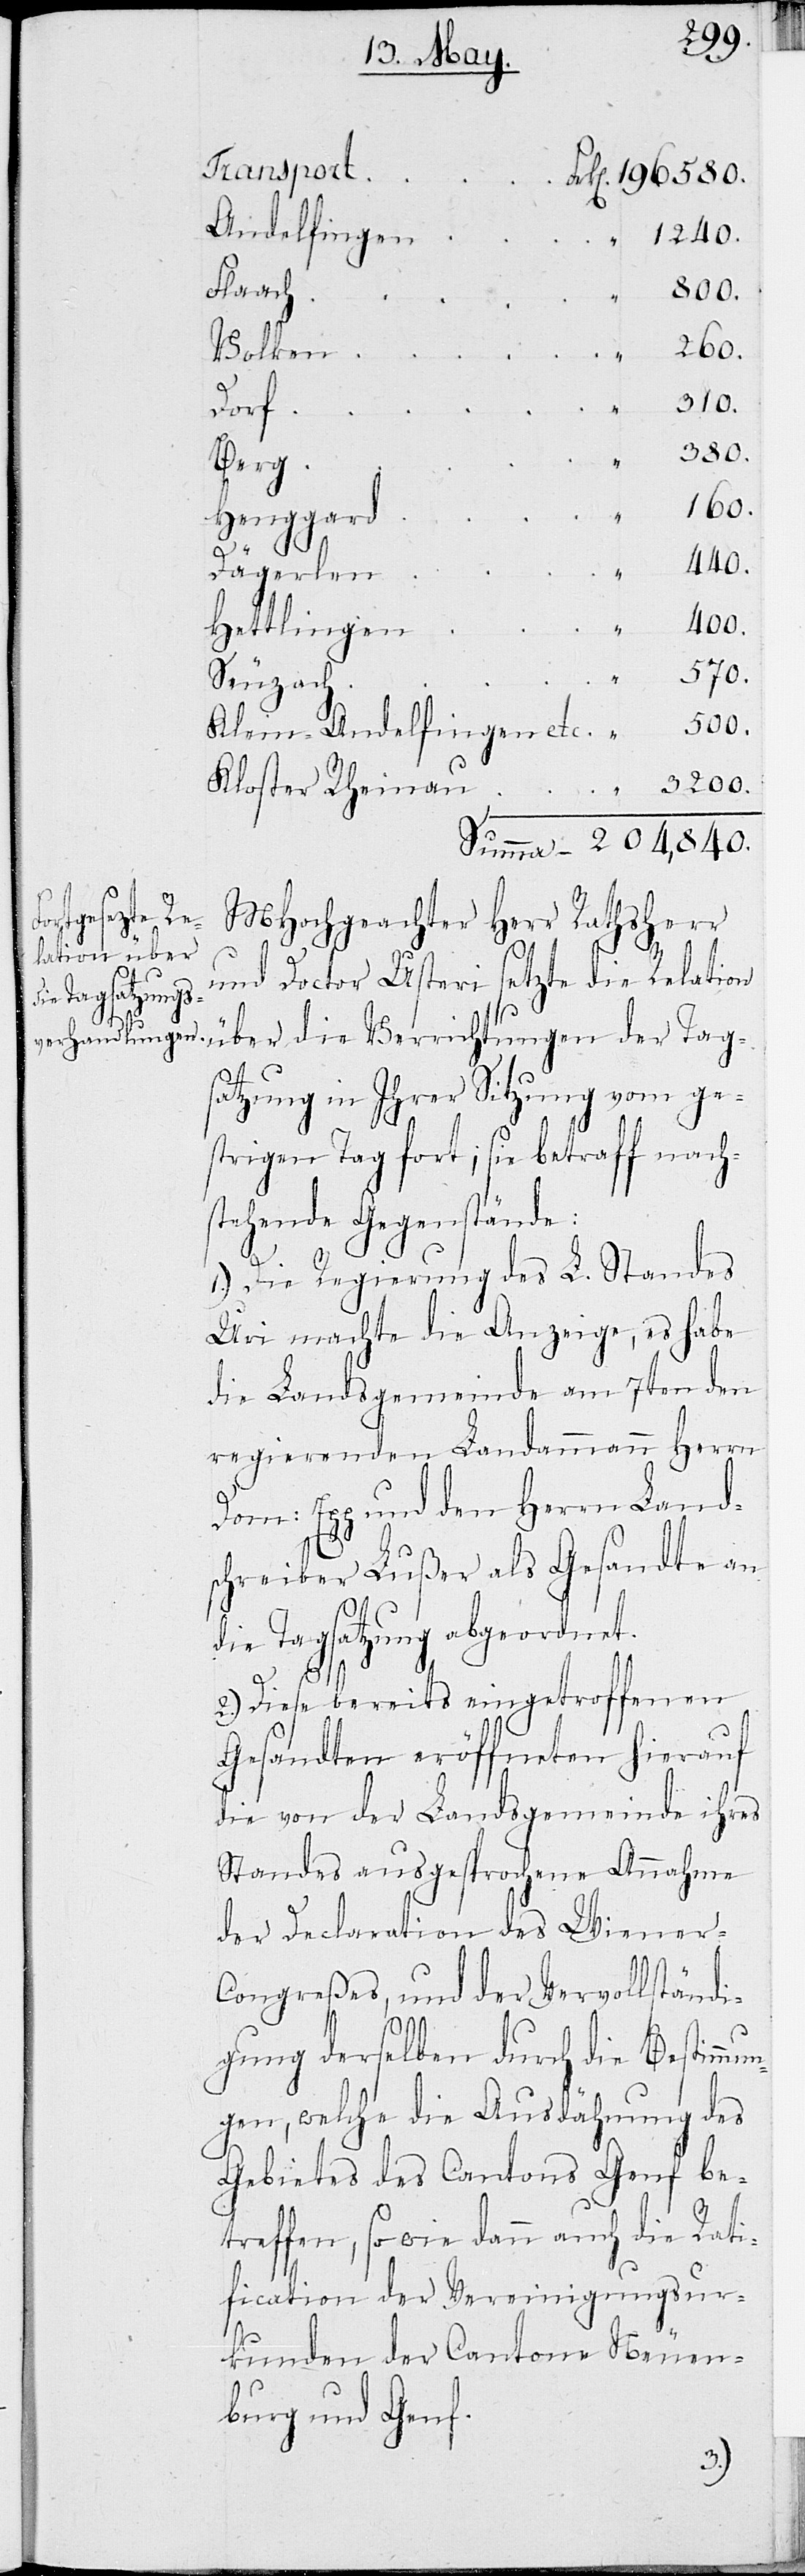
Andelfingen
„	1240.
Flaach
Volken
Dorf
[Berg
Henggard
Dägerlen
Hettlingen
Seuzach
Klein-Andelfingen etc.
Kloster Rheinau
„	3200.
Summa 204,840.
MHochgeachter HHerr Rathsherr
und Doctor Usteri setzte die Relation
über die Verrichtungen der Tag¬
satzung in Ihrer Sitzung vom ge¬
strigen Tag fort; sie betraff nach¬
stehende Gegenstände:
1.) Die Regierung des L. Standes
Uri machte die Anzeige, es habe
die Landsgemeinde am 7ten den
regierenden Landammann Herrn
Dom: Egg und den Herrn Lands¬
chreiber Lußer als Gesandte an
die Tagsatzung abgeordnet.
2.) Diese bereits eingetroffenen
Gesandten eröffneten hierauf
die von der Landsgemeinde ihres
Standes ausgesprochene Annahme
der Declaration des Wiener-C¬
ongreßes, und der Vervollständi¬
gung derselben durch die Bestimm¬
ungen, welche die Ausdähnung des
Gebietes des Cantons Genf be¬
treffen, so wie dann auch die Rati¬
fication der Vereinigungsur¬
kunden der Cantone Neuen¬
burg und Genf.